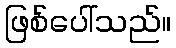
ဖြစ်ပေါ်သည်။